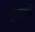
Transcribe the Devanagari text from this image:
ट्राक्टाते